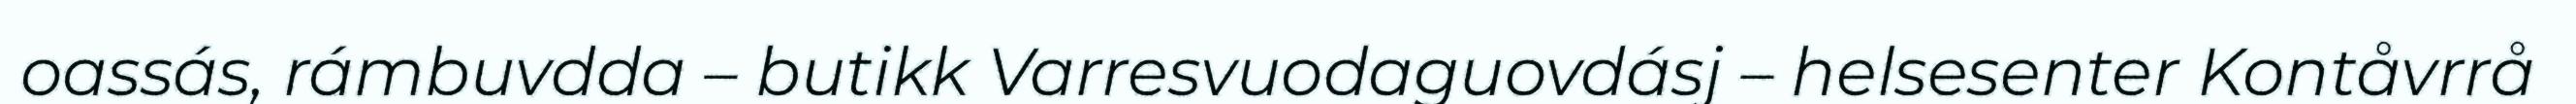
oassás, rámbuvdda – butikk Varresvuodaguovdásj – helsesenter Kontåvrrå